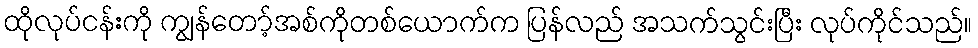
ထိုလုပ်ငန်းကို ကျွန်တော့်အစ်ကိုတစ်ယောက်က ပြန်လည် အသက်သွင်းပြီး လုပ်ကိုင်သည်။